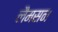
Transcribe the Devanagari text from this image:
लैमसन